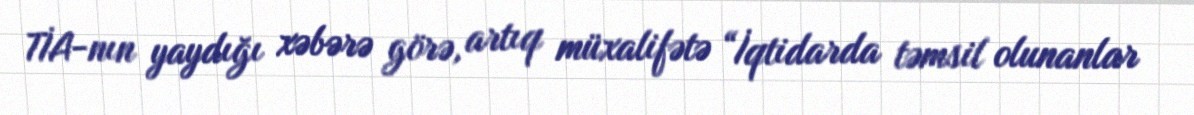
TİA-nın yaydığı xəbərə görə, artıq müxalifətə “İqtidarda təmsil olunanlar